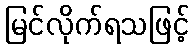
မြင်လိုက်ရသဖြင့်